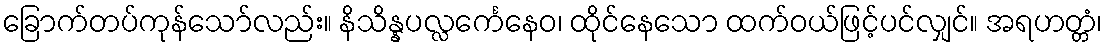
ခြောက်တပ်ကုန်သော်လည်း။ နိသိန္နပလ္လင်္ကေနေဝ၊ ထိုင်နေသော ထက်ဝယ်ဖြင့်ပင်လျှင်။ အရဟတ္တံ၊